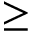
\geq